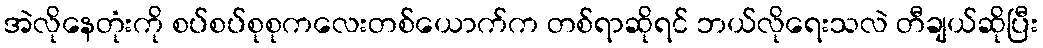
အဲလိုနေတုံးကို စပ်စပ်စုစုကလေးတစ်ယောက်က တစ်ရာဆိုရင် ဘယ်လိုရေးသလဲ တီချယ်ဆိုပြီး